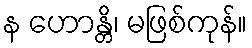
န ဟောန္တိ၊ မဖြစ်ကုန်။